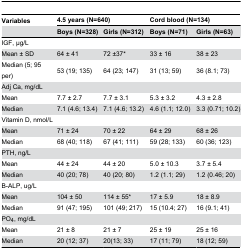
<table><thead><tr><td><b>Variables</b></td><td colspan="2"><b>4.5 years (N=640)</b></td><td colspan="2"><b>Cord blood (N=134)</b></td></tr><tr><td></td><td><b>Boys (N=328)</b></td><td><b>Girls (N=312)</b></td><td><b>Boys (N=71)</b></td><td><b>Girls (N=63)</b></td></tr></thead><tbody><tr><td colspan="5">IGF, μg/L</td></tr><tr><td>Mean ± SD</td><td>64 ± 41</td><td>72 ±37*</td><td>33 ± 16</td><td>38 ± 23</td></tr><tr><td>Median (5; 95 per)</td><td>53 (19; 135)</td><td>64 (23; 147)</td><td>31 (13; 59)</td><td>36 (8.1; 73)</td></tr><tr><td colspan="5">Adj Ca, mg/dL</td></tr><tr><td>Mean</td><td>7.7 ± 2.7</td><td>7.7 ± 3.1</td><td>5.3 ± 3.2</td><td>4.3 ± 2.8</td></tr><tr><td>Median</td><td>7.1 (4.6; 13.4)</td><td>7.1 (4.6; 13.2)</td><td>4.6 (1.1; 12.0)</td><td>3.3 (0.71; 10.2)</td></tr><tr><td colspan="5">Vitamin D, nmol/L</td></tr><tr><td>Mean</td><td>71 ± 24</td><td>70 ± 22</td><td>64 ± 29</td><td>68 ± 26</td></tr><tr><td>Median</td><td>68 (40; 118)</td><td>67 (41; 111)</td><td>59 (28; 133) </td><td>60 (36; 123)</td></tr><tr><td colspan="5">PTH, ng/L</td></tr><tr><td>Mean</td><td>44 ± 24</td><td>44 ± 20</td><td>5.0 ± 10.3</td><td>3.7 ± 5.4</td></tr><tr><td>Median</td><td>40 (20; 78)</td><td>40 (20; 80)</td><td>1.2 (1.1; 29)</td><td>1.2 (0.46; 20)</td></tr><tr><td colspan="5">B-ALP, ug/L</td></tr><tr><td>Mean</td><td>104 ± 50</td><td>114 ± 55*</td><td>17 ± 5.9</td><td>18 ± 8.9</td></tr><tr><td>Median</td><td>91 (47; 195)</td><td>101 (49; 217)</td><td>15 (10.4; 27)</td><td>16 (9.1; 41)</td></tr><tr><td colspan="5">PO<sub>4</sub>, mg/dL</td></tr><tr><td>Mean </td><td>21 ± 8</td><td>21 ± 7</td><td>25 ± 19</td><td>25 ± 16</td></tr><tr><td>Median</td><td>20 (12; 37)</td><td>20(13; 33)</td><td>17 (11; 79)</td><td>18 (12; 59)</td></tr></tbody></table>